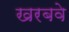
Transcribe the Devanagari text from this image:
खरबवे